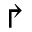
\Rsh